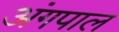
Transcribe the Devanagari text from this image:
अंगपाल